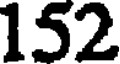
152